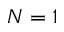
N = 1